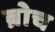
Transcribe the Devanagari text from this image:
ब्रोच